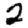
Digit: 2